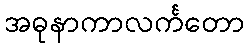
အဓုနာကာလင်္ကတော